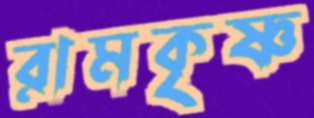
রামকৃষ্ণ